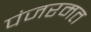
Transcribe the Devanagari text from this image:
पंजरमत